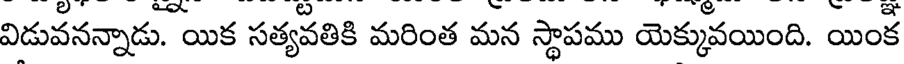
విడువనన్నాడు. యిక సత్యవతికి మరింత మన స్థాపము యెక్కువయింది. యింక